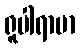
ရူပါရာမာ